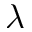
\lambda